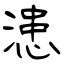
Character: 漶